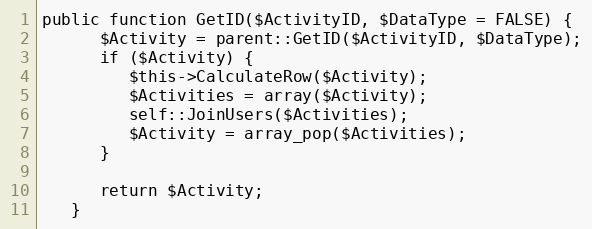
Language: PHP
public function GetID($ActivityID, $DataType = FALSE) {
      $Activity = parent::GetID($ActivityID, $DataType);
      if ($Activity) {
         $this->CalculateRow($Activity);
         $Activities = array($Activity);
         self::JoinUsers($Activities);
         $Activity = array_pop($Activities);
      }

      return $Activity;
   }